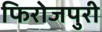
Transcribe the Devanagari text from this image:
फिरोजपुरी